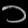
Digit: ၁